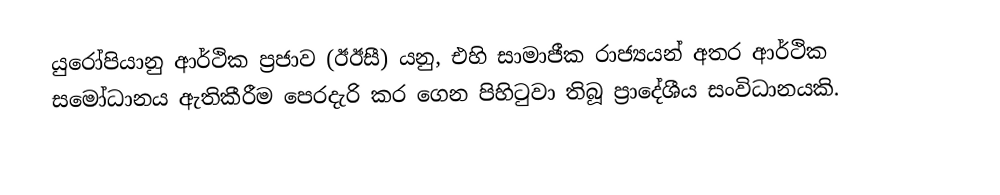
යුරෝපියානු ආර්ථික ප්‍රජාව (ඊඊසී) යනු, එහි සාමාජීක රාජ්‍යයන් අතර  ආර්ථික සමෝධානය ඇතිකීරීම පෙරදැරි කර ගෙන පිහිටුවා තිබූ  ප්‍රාදේශීය සංවිධානයකි.